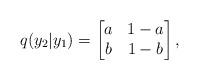
LaTeX: \begin{align*} q(y_2|y_1)=\begin{bmatrix}a&1-a\\b&1-b\end{bmatrix},\end{align*}